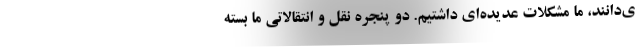
ی‌دانند، ما مشکلات عدیده‌ای داشتیم. دو پنجره نقل و انتقالاتی ما بسته